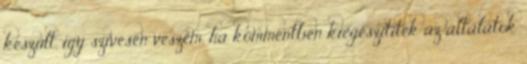
készült, így szívesen veszem, ha kommentben kiegészítitek az általatok